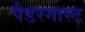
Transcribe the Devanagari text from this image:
पैडरगास्ट